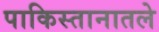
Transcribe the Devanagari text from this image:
पाकिस्तानातले